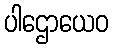
ပါဌောယေဝ